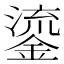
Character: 鎏